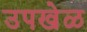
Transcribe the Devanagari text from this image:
उपखेळ